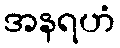
အနရဟံ